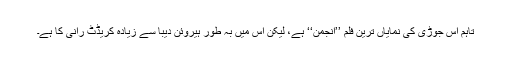
تاہم اس جوڑی کی نمایاں ترین فلم ’’انجمن‘‘ ہے، لیکن اس میں بہ طور ہیروئن دیبا سے زیادہ کریڈٹ رانی کا ہے۔